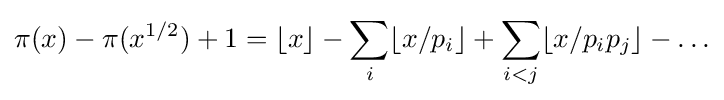
\pi (x)-\pi (x^{1/2})+1=\lfloor x\rfloor -\sum _{i}\lfloor x/p_{i}\rfloor +\sum _{i<j}\lfloor x/p_{i}p_{j}\rfloor -\ldots